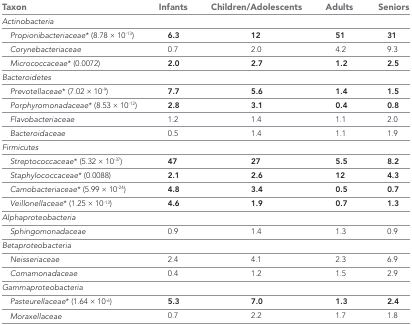
| Taxon | Infants | Children/Adolescents | Adults | Seniors |
 | --- | --- | --- | --- | --- |
 | Actinobacteria |  |  |  |  |
 | Propionibacteriaceae* (8.78 × 10-13) | 6.3 | 12 | 51 | 31 |
 | Corynebacteriaceae | 0.7 | 2.0 | 4.2 | 9.3 |
 | Micrococcaceae* (0.0072) | 2.0 | 2.7 | 1.2 | 2.5 |
 | Bacteroidetes |  |  |  |  |
 | Prevotellaceae* (7.02 × 10-9) | 7.7 | 5.6 | 1.4 | 1.5 |
 | Porphyromonadaceae* (8.53 × 10-12) | 2.8 | 3.1 | 0.4 | 0.8 |
 | Flavobacteriaceae | 1.2 | 1.4 | 1.1 | 2.0 |
 | Bacteroidaceae | 0.5 | 1.4 | 1.1 | 1.9 |
 | Firmicutes |  |  |  |  |
 | Streptococcaceae* (5.32 × 10-37) | 47 | 27 | 5.5 | 8.2 |
 | Staphylococcaceae* (0.0088) | 2.1 | 2.6 | 12 | 4.3 |
 | Carnobacteriaceae* (5.99 × 10-24) | 4.8 | 3.4 | 0.5 | 0.7 |
 | Veillonellaceae* (1.25 × 10-13) | 4.6 | 1.9 | 0.7 | 1.3 |
 | Alphaproteobacteria |  |  |  |  |
 | Sphingomonadaceae | 0.9 | 1.4 | 1.3 | 0.9 |
 | Betaproteobacteria |  |  |  |  |
 | Neisseriaceae | 2.4 | 4.1 | 2.3 | 6.9 |
 | Comamonadaceae | 0.4 | 1.2 | 1.5 | 2.9 |
 | Gammaproteobacteria |  |  |  |  |
 | Pasteurellaceae* (1.64 × 10-6) | 5.3 | 7.0 | 1.3 | 2.4 |
 | Moraxellaceae | 0.7 | 2.2 | 1.7 | 1.8 |